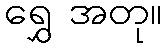
ရွှေ အတု။